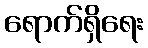
ရောက်ရှိရေး